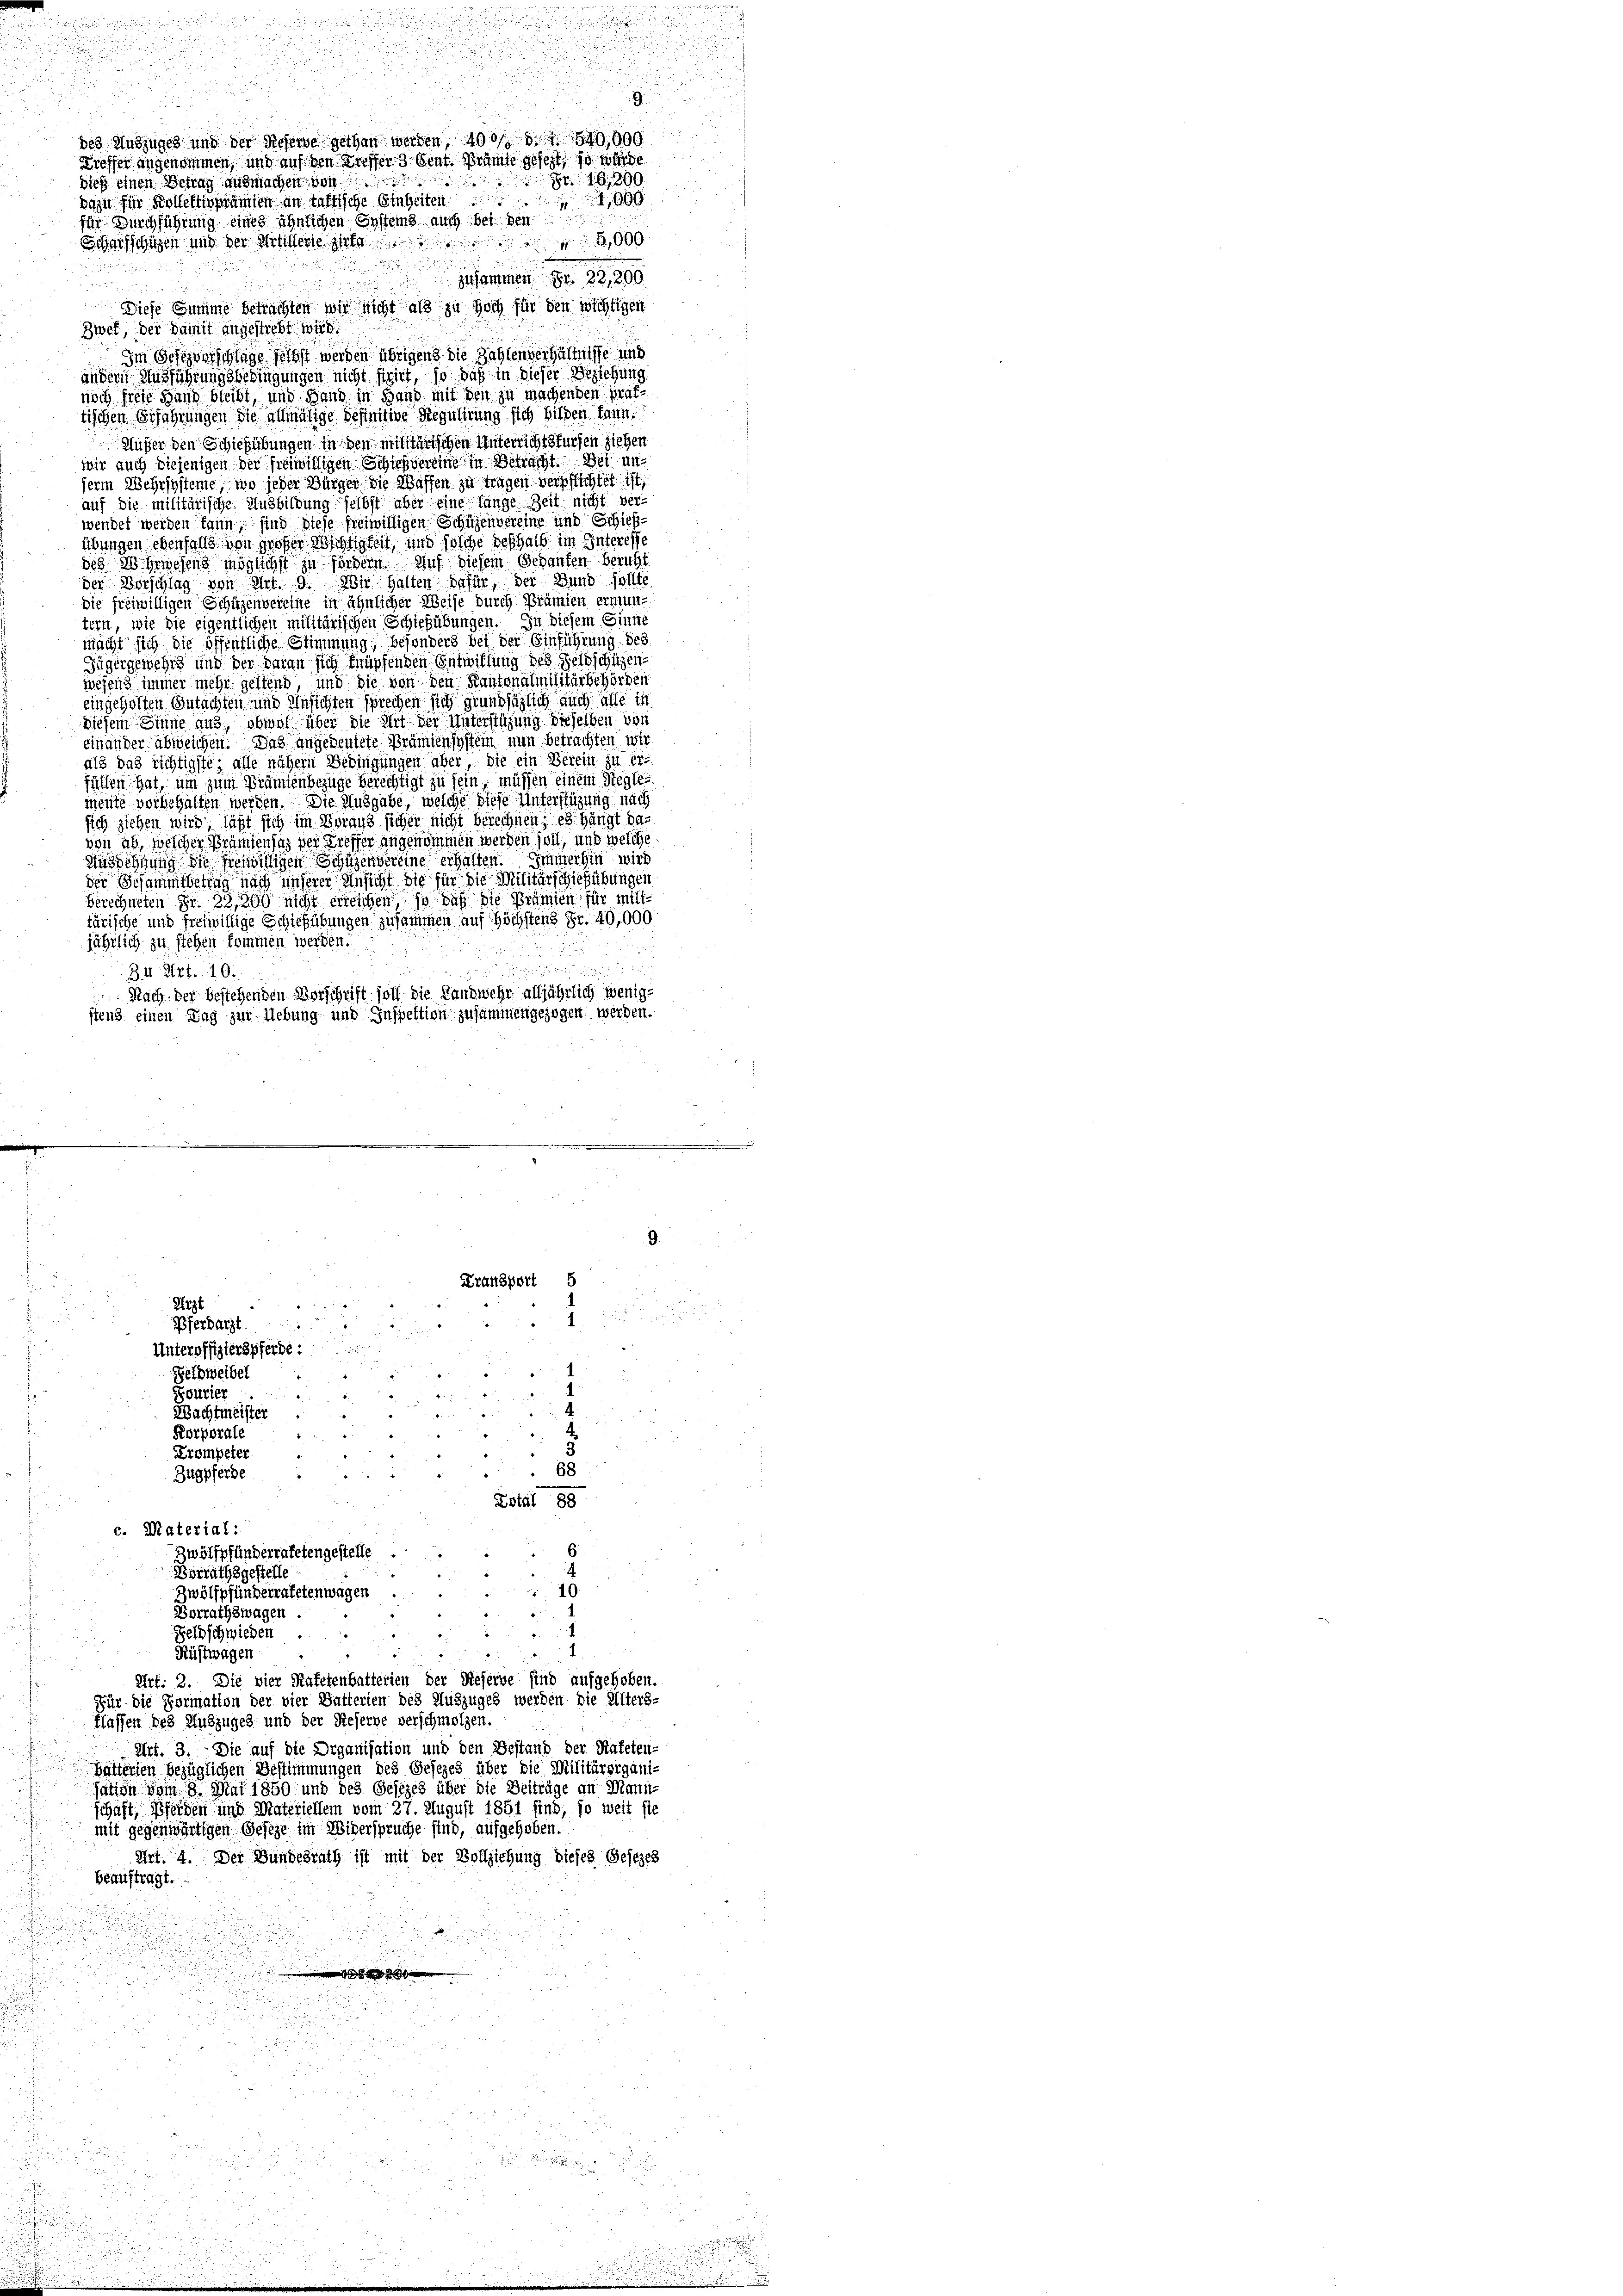
.

dieß einen Betrag ausmachen von
dazu für Kollerhöramten an tatische Einheiten 1000
für Durchführung eines ähnlichen Systems auch bei den
Scharfschigen und der Mitinterte zerla

zusammen Fr. 22,200

Diese Summe betrachten wir nicht als zu hoch für den wichtigen
Zwet, der Damit angestrebt wird
Im Gesezenslage selbst werden übrigen die Zahlenverhältnisse und
andern Ausführungsbedingungen nicht figirt, so daß in dieser Beziehung
noch freie Hand bleibt, und Hand in Hand mit den zu machenden prattiichen Erfahrungen die gelmälige Befinitive Regulirung sich bilden kann.
Außer den Schießübungen in den militärischen Unterrichtsfürfen ziehen
wir auch diejenigen der freiwilligen Schießvereine in Betracht. Bei un
serm Wehrsysteine, wo jeder Bürger die Wassen zu tragen verpflichtet ist
auf die militärische Ausbildung selbst aber eine lange Zeit nicht ver-
wendet werden kann sind diese freiwilligen Schüzenvereine und Schießübungen ebenfalls von großer Wichtigkeit, und solche deshalb im Interesse
des Wehrwesens möglichst zu fördern Auf diesem Gedanken beruht
der Vorschlag von Art. 9. In Halten dafür, der Bund sollte
die freiwilligen Schüzenvereine in ähnlicher Weise durch Prämien ermun-
tern, wie die eigentlichen militärischen Schießübungen. In diesem Sinne
mächt sich die öffentliche Stimmung, besonders bei der Einführung des
Jügergemehrs und der daran sich früpfenden Entwillung des Geldschützen
wesend immer mehr geltend und die von den Kantonalmilitärbehörden
eingeholten Gutachten und Ansichten sprechen sich grundsätzlich auch alle in
diesem Sinne aus, obwol über die Art der Unterstüzung dieselben von
einander abweichen. Das angedeutete Prämiensystem nun betrachten wir
als das richtigste, alle nähern Bedingungen aber, die ein Berein zu erfüllen hat, um zum Prämienbezüge berechtigt zu sein, müssen einem Reglemente vorbehalten werden. Die Ausgabe, welche diese Unterstüzung nach
sich ziehen wird läßt sich im Voraus sicher nicht berechnen; es hängt davon ab, welcher Prämiensaz der Treffer angenommen werden soll, und welche
Aussöhnung die freiwilligen Schüzenvereine erhalten. Immerhin wird
der Schammtbetrag nach unserer Ansicht die für die Militärschießübungen
Berechneten Fr. 33,200 nicht erreichen so daß die Prämien für militärische und freiwillige Schießübungen zusammen auf Höchstens Fr. 40,000
jährlich zu stehen kommen werden.
34 Art. 10.
Nach der bestehenden Vorschrift soll die Landwehr alljährlich wenige
stens einen Tag zur Uebung und Inspektion zusammengezogen werden.

des Auszuges und der Referne gethan werden 100 f 10,000
Treffer angenommen, und auf den Kroffer 3 Sent Brämte gesetzt, so werde
1690

Arzt
2
1
Eferbarzt
Unteroffizierspferde:
Geldweibel
Fourier
4
Wachtmeister ....
Korporale
u
3
rompeter
68
Zugpferbe

2

Kransport 5

G

.
a
i

Total 88
c. Material:
6
Zwölfpfänderratetengestelle
Borrathsgestelle
19
Zwölfpfunderratetenwagen
Borrathswagen.
1
Feldschwieden
1
.
Kustwagen
e
Art: 2. Die vier Katetenbatterien der Reserve sind aufgehoben.
Für die Formation der vier Batterien des Muszuges werden die Alters-
tlassen des Auszuges und der Referne verschmolzen.
Art. 3. Die auf die Organisation und den Bestand der Rafeten-
bätterien bezüglichen Bestimmungen des Gesezes über die Militärorgani-
sation vom 8. Mai 1850 und des Gesezes über die Beiträge an Mann-
schaft, Pferden und Materiellem vom 27. August 1851 sind, so weit sie
mit gegenwärtigen Geseze im Widerspruche sind, aufgehoben.
Art. 4. Der Bundesrath ist mit der Vollziehung dieses Gesezes
beauftragt.

e

.
s

n
.

2